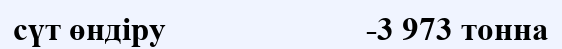
сүт өндіру                         -3 973 тонна